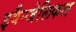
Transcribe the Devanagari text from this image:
इवैन्जेलिकल